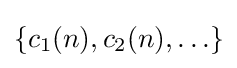
\{c_{1}(n),c_{2}(n),\ldots \}